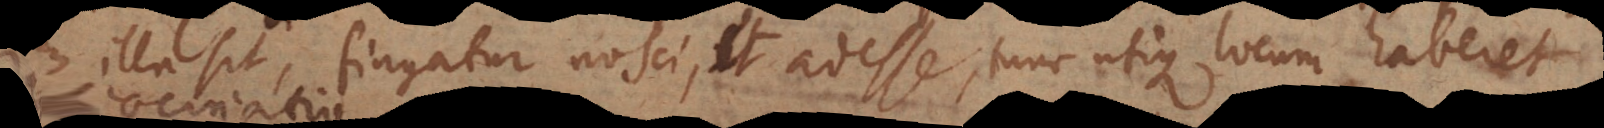
illa sit, fingatur nosci, et adesse, tunc utique locum haberet